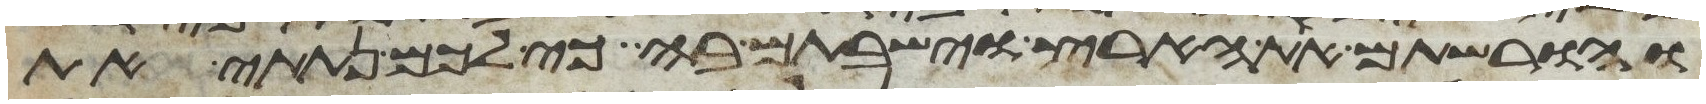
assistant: והורשתם את הארץ וישבתם בה כי לכם נתתי את